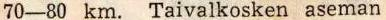
70-80 km. Taivalkosken aseman